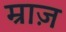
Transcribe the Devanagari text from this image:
म्राज़